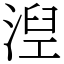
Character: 湼